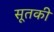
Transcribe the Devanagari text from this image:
सूतकी